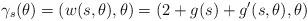
LaTeX: \begin{align*}\gamma_s(\theta)=(w(s,\theta), \theta)=(2+g(s)+g'(s,\theta),\theta)\end{align*}